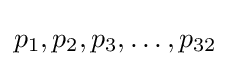
p_{1},p_{2},p_{3},\ldots ,p_{32}